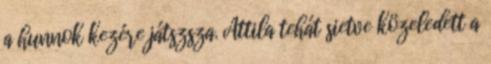
a hunnok kezére játszsza. Attila tehát sietve közeledett a